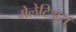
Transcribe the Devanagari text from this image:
मेलेटिअस